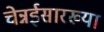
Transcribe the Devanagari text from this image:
चेन्नईसारख्या